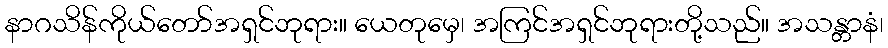
နာဂသိန်ကိုယ်တော်အရှင်ဘုရား။ ယေတုမှေ၊ အကြင်အရှင်ဘုရားတို့သည်။ အသန္တာနံ၊